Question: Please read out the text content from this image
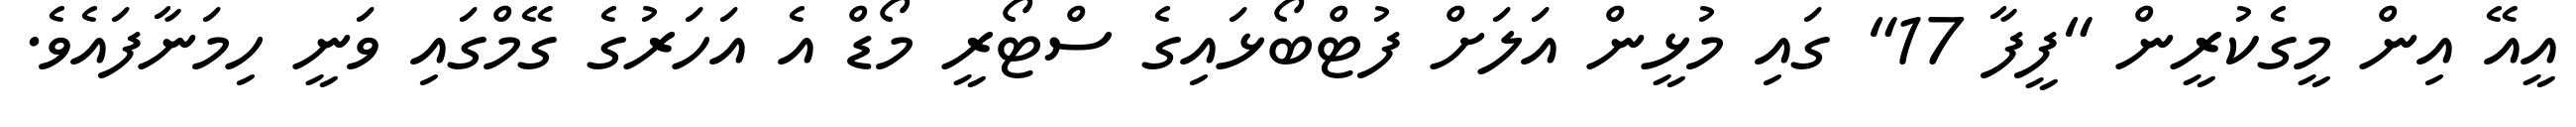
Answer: އީއޭ އިން މީގެކުރީން "ފީފާ 17" ގައި މުޅީން އަލަށް ފުޓްބޯޅައިގެ ސްޓޯރީ މޯޑް އެ އަހަރުގެ ގޭމްގައި ވަނީ ހިމަނާފައެވެ.